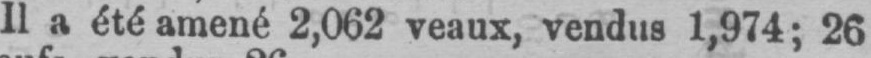
Il a été amené 2,062 veaux, vendus 1,974; 26